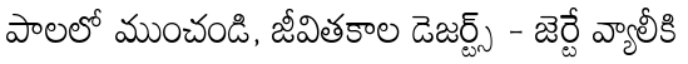
పాలలో ముంచండి, జీవితకాల డెజర్ట్స్ - జెర్టే వ్యాలీకి